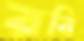
রবি